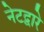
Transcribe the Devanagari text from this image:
नेटद्वारे